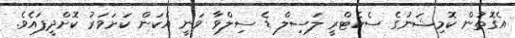
އެގޮތުން ކޮމިޝަނުގެ ސެކެޓްރީ ލަސިލް ޑެ ސިލްވާ ވަނީ އެކަން ކަށަވަރު ކޮށްދީފައެވެ.